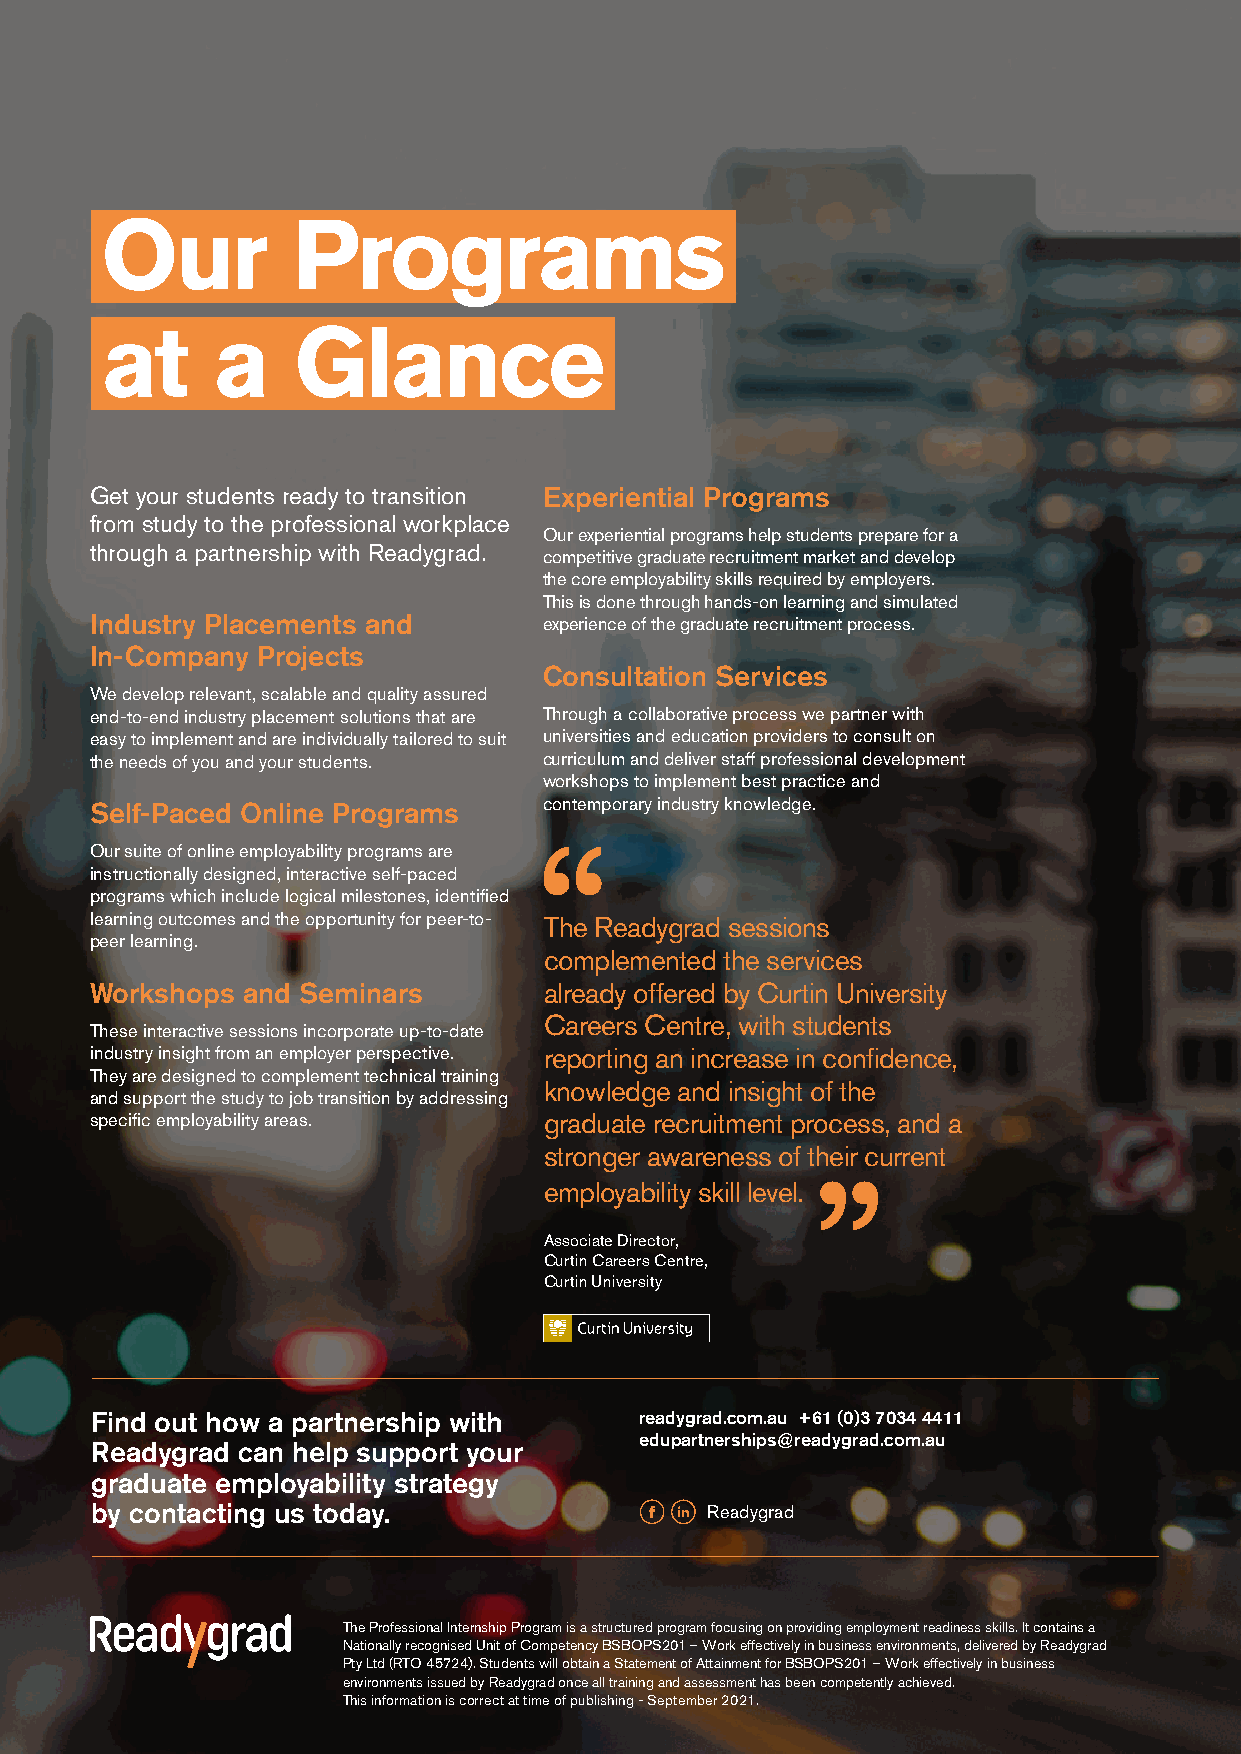
Are        your
 Our         Programs                                                                       Get                   the                Edge
 students                 ready
 at     a    Glance
 for      the       graduate
 Graduate     Employability
 recruitment
 Get your students ready to transition Experiential Programs                                Solutions
 from study to the professional workplace
 Our experiential programs help students prepare for a
 through a partnership with Readygrad.
 competitive graduate recruitment market and develop
 process                and
 the core employability skills required by employers.
 This is done through hands-on learning and simulated
 Industry Placements and       experience of the graduate recruitment process.
 In-Company Projects                                                                                                                                                              professional
 Consultation Services
 We develop relevant, scalable and quality assured
 end-to-end industry placement solutions that are Through a collaborative process we partner with
 easy to implement and are individually tailored to suit universities and education providers to consult on                                                                       workplace?
 the needs of you and your students. curriculum and deliver staff professional development
 workshops to implement best practice and
 Self-Paced Online Programs    contemporary industry knowledge.
 Our suite of online employability programs are
 instructionally designed, interactive self-paced
 programs which include logical milestones, identified
 learning outcomes and the opportunity for peer-to- The Readygrad sessions
 peer learning.
 complemented the services
 Workshops and Seminars        already offered by Curtin University
 Careers Centre, with students
 These interactive sessions incorporate up-to-date
 industry insight from an employer perspective. reporting an increase in confidence,
 They are designed to complement technical training
 knowledge and insight of the
 and support the study to job transition by addressing
 specific employability areas. graduate recruitment process, and a
 stronger awareness of their current
 Need  employer      Setting up or       Looking for
 employability skill level.
 insights and industry managing an       responsive,
 Associate Director,                                                                                                                                connections for     industry            relevant and
 Curtin Careers Centre,
 Curtin University                                                                                                                                  your employability  placement           scalable
 strategy?           program?            solutions?
 Find out how a partnership with     readygrad.com.au +61 (0)3 7034 4411
 Our Partners Include:
 edupartnerships@readygrad.com.au
 Readygrad can help support your
 graduate employability strategy
 by contacting us today.                  Readygrad
 The Professional Internship Program is a structured program focusing on providing employment readiness skills. It contains a
 Nationally recognised Unit of Competency BSBOPS201 – Work effectively in business environments, delivered by Readygrad
 Pty Ltd (RTO 45724). Students will obtain a Statement of Attainment for BSBOPS201 – Work effectively in business
 environments issued by Readygrad once all training and assessment has been competently achieved.
 This information is correct at time of publishing - September 2021.